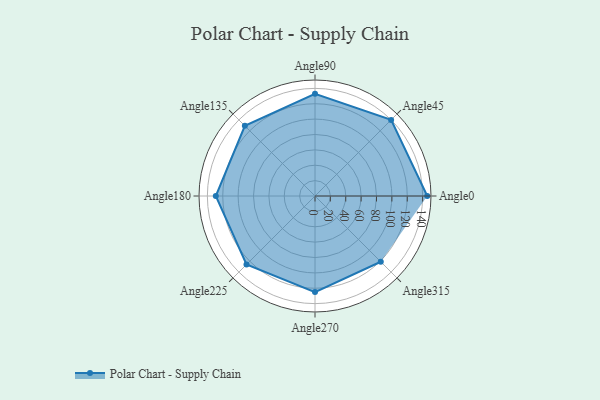
{"axis": {"x": "Angle", "y": "Radius"}, "legend": [""], "data": [{"x": "Angle0", "y": 146.0, "type": ""}, {"x": "Angle45", "y": 140.0, "type": ""}, {"x": "Angle90", "y": 133.0, "type": ""}, {"x": "Angle135", "y": 129.0, "type": ""}, {"x": "Angle180", "y": 129.0, "type": ""}, {"x": "Angle225", "y": 126.0, "type": ""}, {"x": "Angle270", "y": 125.0, "type": ""}, {"x": "Angle315", "y": 121.0, "type": ""}]}